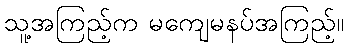
သူ့အကြည့်က မကျေမနပ်အကြည့်။